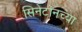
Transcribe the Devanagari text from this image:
सिनेटोनच्या